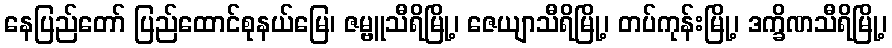
နေပြည်တော် ပြည်ထောင်စုနယ်မြေ၊ ဇမ္ဗူသီရိမြို့၊ ဇေယျာသီရိမြို့၊ တပ်ကုန်းမြို့၊ ဒက္ခိဏသီရိမြို့၊